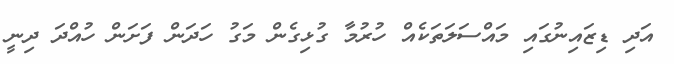
އަދި ޑިޒައިނުގައި މައްސަލަތަކެއް ހުރުމާ ގުޅިގެން މަގު ހަދަން ފަށަން ހުއްދަ ދިނީ